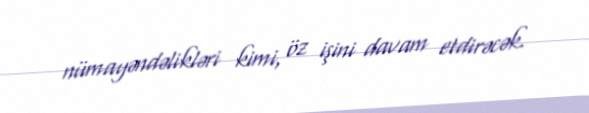
nümayəndəlikləri kimi, öz işini davam etdirəcək.